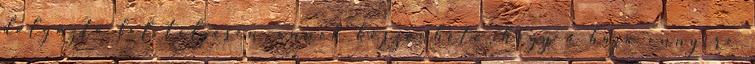
dolgozta fel teljesen, ennek köszönhető, hogy a haja ennyire